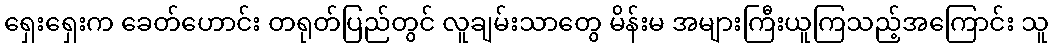
ရှေးရှေးက ခေတ်ဟောင်း တရုတ်ပြည်တွင် လူချမ်းသာတွေ မိန်းမ အများကြီးယူကြသည့်အကြောင်း သူ